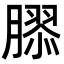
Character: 𦠧